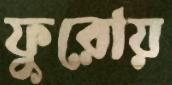
ফুরোয়